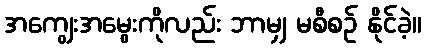
အကျွေးအမွေးကိုလည်း ဘာမျှ မစီစဉ် နိုင်ခဲ့။